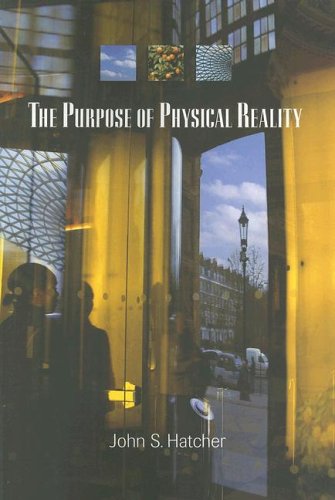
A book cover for The Purpose of Physical Reality; John S. Hatcher; Religion & Spirituality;